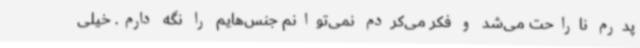
پدرم ناراحت می‌شد و فکر می‌کردم نمی‌توانم جنس‌هایم را نگه دارم. خیلی